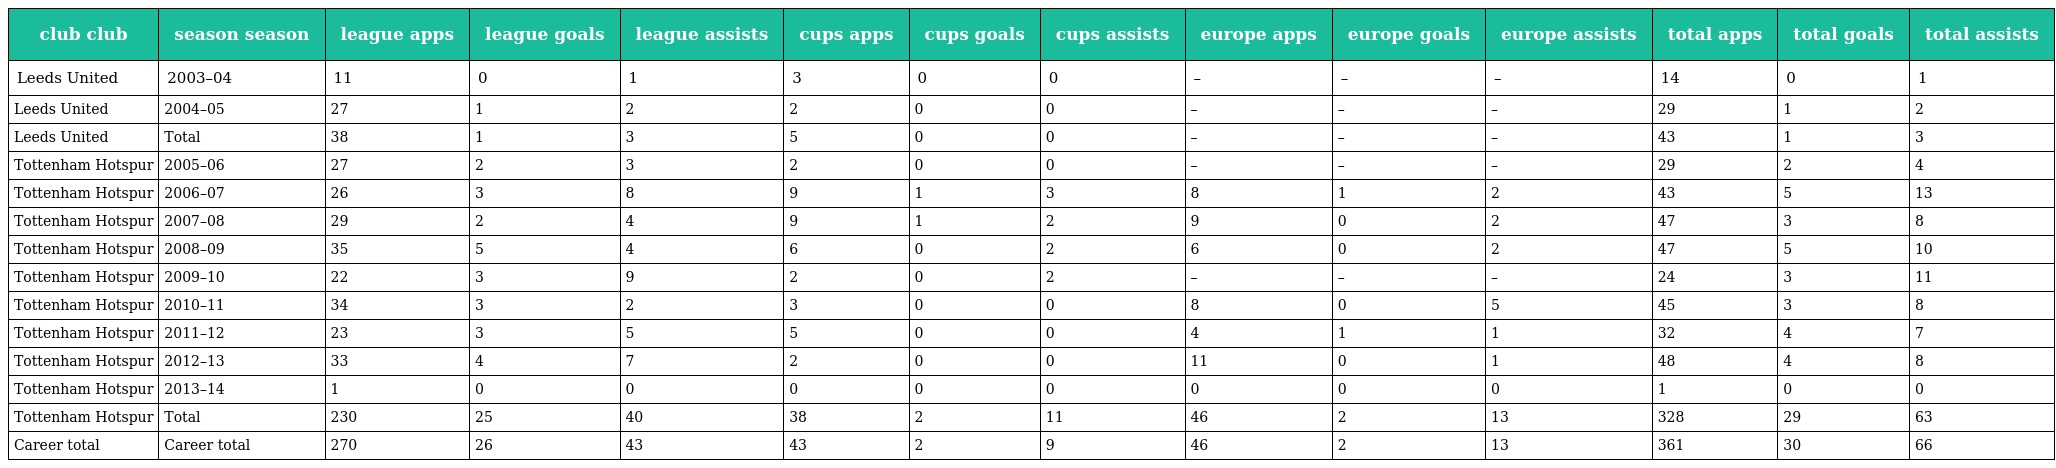
| club club | season season | league apps | league goals | league assists | cups apps | cups goals | cups assists | europe apps | europe goals | europe assists | total apps | total goals | total assists |
 | --- | --- | --- | --- | --- | --- | --- | --- | --- | --- | --- | --- | --- | --- |
 | Leeds United | 2003–04 | 11 | 0 | 1 | 3 | 0 | 0 | – | – | – | 14 | 0 | 1 |
 | Leeds United | 2004–05 | 27 | 1 | 2 | 2 | 0 | 0 | – | – | – | 29 | 1 | 2 |
 | Leeds United | Total | 38 | 1 | 3 | 5 | 0 | 0 | – | – | – | 43 | 1 | 3 |
 | Tottenham Hotspur | 2005–06 | 27 | 2 | 3 | 2 | 0 | 0 | – | – | – | 29 | 2 | 4 |
 | Tottenham Hotspur | 2006–07 | 26 | 3 | 8 | 9 | 1 | 3 | 8 | 1 | 2 | 43 | 5 | 13 |
 | Tottenham Hotspur | 2007–08 | 29 | 2 | 4 | 9 | 1 | 2 | 9 | 0 | 2 | 47 | 3 | 8 |
 | Tottenham Hotspur | 2008–09 | 35 | 5 | 4 | 6 | 0 | 2 | 6 | 0 | 2 | 47 | 5 | 10 |
 | Tottenham Hotspur | 2009–10 | 22 | 3 | 9 | 2 | 0 | 2 | – | – | – | 24 | 3 | 11 |
 | Tottenham Hotspur | 2010–11 | 34 | 3 | 2 | 3 | 0 | 0 | 8 | 0 | 5 | 45 | 3 | 8 |
 | Tottenham Hotspur | 2011–12 | 23 | 3 | 5 | 5 | 0 | 0 | 4 | 1 | 1 | 32 | 4 | 7 |
 | Tottenham Hotspur | 2012–13 | 33 | 4 | 7 | 2 | 0 | 0 | 11 | 0 | 1 | 48 | 4 | 8 |
 | Tottenham Hotspur | 2013–14 | 1 | 0 | 0 | 0 | 0 | 0 | 0 | 0 | 0 | 1 | 0 | 0 |
 | Tottenham Hotspur | Total | 230 | 25 | 40 | 38 | 2 | 11 | 46 | 2 | 13 | 328 | 29 | 63 |
 | Career total | Career total | 270 | 26 | 43 | 43 | 2 | 9 | 46 | 2 | 13 | 361 | 30 | 66 |